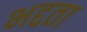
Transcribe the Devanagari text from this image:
भद्दता